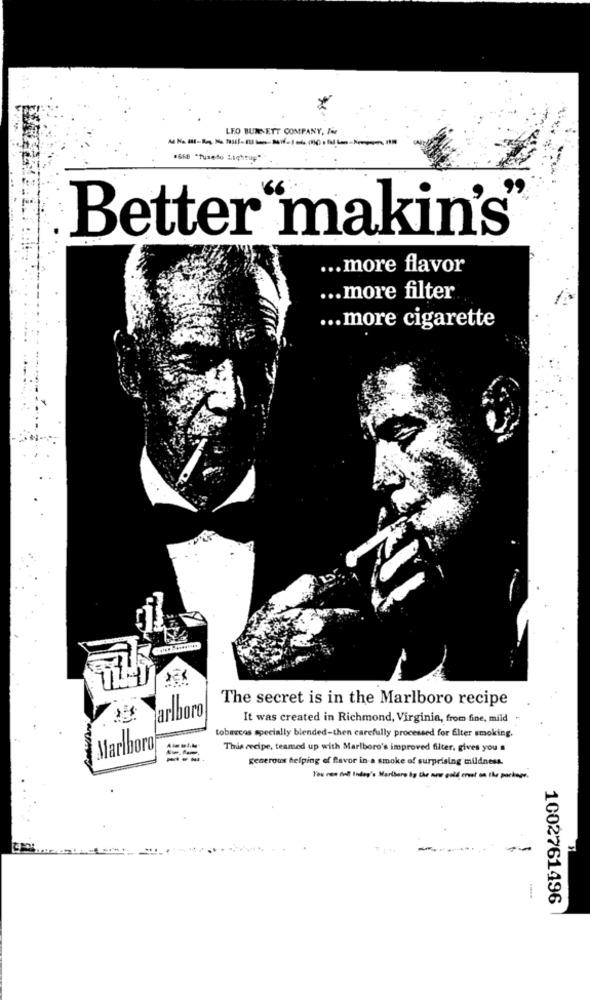
LEO BURNETT COMPANY, Die
"668 "Tuxedo Lightup""
Better"makin's'
... more flavor
... more filter
... more cigarette
The secret is in the Marlboro recipe
Marlboro
It was created in Richmond, Virginia, from fine, mild
tobarcos specially blended-then carefully processed for Elter smoking.
Marlboro
This recipe, teamed up with Marlboro's improved filter, gives you a
generous helping of flavor in a smoke of surprising mildness.
You nen del Indey's Martbare hg the new gold eret on the package.
--
1002761496